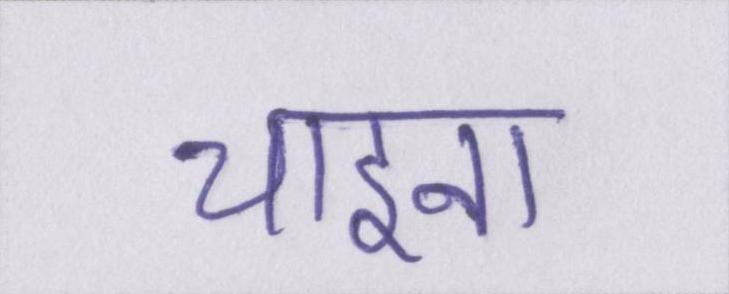
चाइना